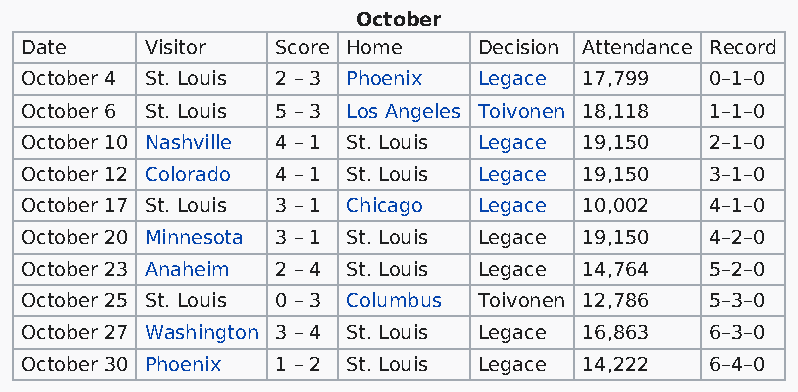
October
 Date     Visitor Score Home    Decision Attendance Record
 October 4 St. Louis 2 – 3 Phoenix Legace 17,799 0–1–0
 October 6 St. Louis 5 – 3 Los Angeles Toivonen 18,118 1–1–0
 October 10 Nashville 4 – 1 St. Louis Legace 19,150 2–1–0
 October 12 Colorado 4 – 1 St. Louis Legace 19,150 3–1–0
 October 17 St. Louis 3 – 1 Chicago Legace 10,002 4–1–0
 October 20 Minnesota 3 – 1 St. Louis Legace 19,150 4–2–0
 October 23 Anaheim 2 – 4 St. Louis Legace 14,764 5–2–0
 October 25 St. Louis 0 – 3 Columbus Toivonen 12,786 5–3–0
 October 27 Washington 3 – 4 St. Louis Legace 16,863 6–3–0
 October 30 Phoenix 1 – 2 St. Louis Legace 14,222 6–4–0